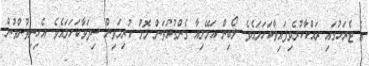
އެ ޓެރަހުގައި ރައްކާކުރެވިފައިވާކަހަލައެވެ. ލޯބިން އަމޭލިއާ ގެންގުޅުތަން ލޮލު ކުރިމަތިން ސިފަވާކަހަލައެވެ. އެހިނިތުންވުން